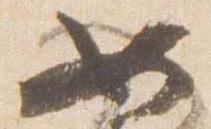
如